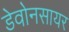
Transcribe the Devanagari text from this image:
डेवोनसायर